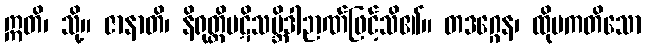
ဣတိ၊ သို့။ ဇာနာတိ၊ နိရုတ္တိပဋိသမ္ဘိဒါဉာဏ်ဖြင့်သိ၏။ တဒဂ္ဂေန၊ ထိုပကတိသော